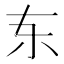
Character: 𫠣